Lunatic asylums Bombay report 1878-1890 - 1878-1890
Year: 1878
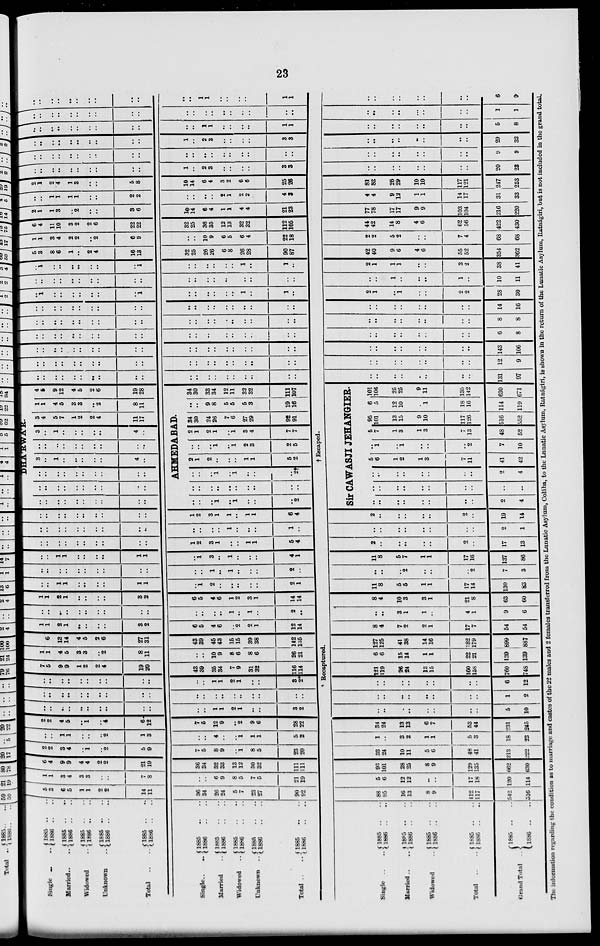
23
Single .. ..
Married .. ..
Widowed ..
Unknown ..
Total
.. ..
1885 .. ..
1886 .. ..
1885 .. ..
1886 .. ..
1885 .. ..
1886 .. ..
1885 .. ..
1886 .. ..
1885 .. ..
1886 .. ..
Single.. ..
Harried ..
Widowed ..
Unknown ..
Total ..
1885 .. ..
1886 .. ..
1885 .. ..
1886 .. ..
1885 .. ..
1886 .. ..
1885 .. ..
1886 .. ..
1885 .. ..
1886 .. ..
5
3
6
5
1
1
2
2
14
11
36
34
26
24
5
7
23
27
90
92
1
1
3
4
3
3
..
..
7
8
..
..
6
9
8
5
7
5
21
19
6
4
9
9
4
4
2
2
21
19
36
34
32
33
13
12
30
32
111
111
2
2
3
4
..
1
..
2
5
9
7
5
8
9
..
1
8
5
23
20
..
..
1
1
..
..
..
2
1
3
..
..
4
..
..
1
1
1
5
2
2
2
4
5
..
1
..
4
6
12
7
5
12
9
..
2
9
6
28
22
..
..
..
..
..
..
..
..
..
..
..
..
1
1
2
1
..
..
3
2
..
..
..
..
..
..
..
..
..
..
..
..
..
..
..
..
..
..
..
..
..
..
..
..
..
..
..
..
..
..
..
..
1
1
2
1
..
..
3
2*
7
5
9
9
1
2
2
4
19
20
43
39
35
34
7
9
31
32
116
114
1
1
4
5
3
3
..
2
8
11
..
..
10
9
8
6
8
6
26
21
8
6
13
14
4
5
2
6
27
31
43
39
45
43
15
15
39
38
142
135
1
1
2
1
..
..
..
..
3
2
6
5
4
6
..
2
2
1
12
14
..
..
..
..
..
..
..
..
..
..
..
..
..
..
1
..
1
..
2
..
1
1
2
1
..
..
..
..
3
2
6
5
4
6
1
2
3
1
14
14
..
..
1
1
..
..
..
..
1
1
..
1
2
..
..
..
..
..
2
1
..
..
..
..
..
..
..
..
..
..
..
..
1
..
1
..
..
..
2
..
..
..
1
1
..
..
..
..
1
1
..
1
3
..
1
..
..
..
4
1
..
..
..
..
..
..
..
..
..
..
1
2
3
1
..
..
1
1
5
4
..
..
..
..
..
..
..
..
..
..
..
..
..
..
1
..
..
..
1
..
..
..
..
..
..
..
..
..
..
..
1
2
3
1
1
..
1
1
6
4
DHA'RWA'R.
..
..
..
..
..
..
..
..
..
..
..
..
..
..
..
..
..
..
..
..
..
..
..
..
..
..
..
..
..
..
3
..
1
..
..
..
..
..
4
..
..
..
..
..
..
..
..
..
..
..
3
..
1
..
..
..
..
..
4
..
3
4
5
7
1
2
2
4
11
17
1
1
4
5
3
3
..
2
8
11
4
5
9
12
4
5
2
6
19
28
AHMEDABAD.
..
..
..
1
..
1
..
..
..
2
..
..
..
..
..
..
..
..
..
..
..
..
..
1
..
1
..
..
..
2†
2
1
2
..
..
..
1
1
5
2
..
..
..
1
..
1
2
3
2
5
2
1
2
1
..
1
3
4
7
7
34
30
24
26
7
6
27
29
92
91
..
..
9
8
5
5
5
3
19
16
34
30
33
34
12
11
32
32
111
107
..
..
..
..
..
..
..
..
..
..
..
..
..
..
..
..
..
..
..
..
..
..
..
..
..
..
..
..
..
..
..
..
..
..
..
..
..
..
..
..
..
..
..
..
..
..
..
..
..
..
..
..
..
..
..
..
..
..
..
..
..
..
..
..
..
..
..
..
..
..
..
..
..
..
..
..
..
..
..
..
..
..
..
..
..
..
..
..
..
..
..
..
..
..
..
..
..
..
..
..
..
..
..
..
..
..
..
..
..
..
..
..
..
..
..
..
..
..
..
..
..
1
..
..
..
..
..
..
..
1
..
..
..
..
..
..
1
..
1
..
..
..
..
..
..
..
..
..
..
..
..
..
..
..
..
..
..
..
..
..
..
1
..
..
..
..
..
..
..
1
..
..
..
..
..
..
1
..
1
..
5
3
8
6
1
..
2
4
16
13
32
25
26
26
6
8
26
28
90
87
1
1
3
4
2
2
..
2
6
9
..
..
10
9
6
5
6
4
22
18
6
4
11
10
3
2
2
6
22
22
32
25
36
35
12
13
32
32
112
105
2
1
1
3
..
2
..
..
3
6
10
14
6
4
1
1
4
4
21
23
..
..
1
1
1
1
..
..
2
2
..
..
..
..
2
1
2
2
4
3
2
1
2
4
1
3
..
..
5
8
10
14
6
4
3
2
6
6
25
26
..
..
..
..
..
..
..
..
..
..
1
..
2
3
..
..
..
..
3
3
..
..
..
..
..
..
..
..
..
..
..
..
..
..
..
..
..
..
..
..
..
..
..
..
..
..
..
..
..
..
1
..
2
3
..
..
..
..
3
3
..
..
..
..
..
..
..
..
..
..
..
..
1
1
..
..
..
..
1
1
..
..
..
..
..
..
..
..
..
..
..
..
..
..
..
..
..
..
..
..
..
..
..
..
..
..
..
..
..
..
..
..
1
1
..
..
..
..
1
1
* Recaptured.
†
Escaped.
Single .. ..
Married .. ..
Widowed ..
Total .. ..
Grand Total ..
1885 .. ..
1886 .. ..
1885 .. ..
1886 .. ..
1885 .. ..
1886 .. ..
1885 .. ..
1886 .. ..
1885 .. ..
1886 .. ..
88
95
16
13
8
9
112
117
542
516
5
6
12
12
..
..
17
18
120
114
93
101
28
25
8
9
129
135
662
630
33
24
10
11
5
6
48
41
213
222
1
..
3
2
1
1
5
3
18
23
34
24
13
13
6
7
53
44
231
245
..
..
..
..
..
..
..
..
5
10
..
..
..
..
..
..
..
..
1
2
..
..
..
..
..
..
..
..
6
12
121
119
26
24
13
15
160
158
760
748
6
6
15
14
1
1
22
21
139
139
127
125
41
38
14
16
182
179
899
887
8
4
7
2
2
1
17
7
54
54
..
..
3
1
1
..
4
1
9
6
8
4
10
3
3
1
21
8
63
60
11
8
5
5
1
1
17
14
130
83
..
..
..
2
..
..
..
2
7
3
11
8
5
7
1
1
17
16
137
86
2
..
..
..
..
..
2
..
17
13
..
..
..
..
..
..
..
..
2
1
2
..
..
..
..
..
2
..
19
14
Sir CAWASJI JEHANGIER.
..
..
..
..
..
..
..
..
2
4
..
..
..
..
..
..
..
..
..
..
..
..
..
..
..
..
..
..
2
4
5
6
1
2
1
3
7
11
41
42
..
1
..
1
..
..
..
2
7
10
5
7
1
3
1
3
7
13
48
52
95
101
13
15
9
10
117
126
516
552
6
5
12
10
..
1
18
16
114
119
101
106
25
25
9
11
135
142
630
671
..
..
..
..
..
..
..
..
131
97
..
..
..
..
..
..
..
..
12
9
..
..
..
..
..
..
..
..
143
106
..
..
..
..
..
..
..
..
6
8
..
..
..
..
..
..
..
..
8
8
..
..
..
..
..
..
..
..
14
16
2
1
..
1
..
..
2
2
28
30
..
..
1
..
..
..
1
..
10
11
2
1
1
1
..
..
3
2
38
41
42
40
9
6
4
6
55
52
354
362
2
2
5
2
..
..
7
4
68
68
44
42
14
8
4
6
62
56
422
430
77
78
17
17
9
9
103
104
216
220
4
4
9
12
1
1
14
17
31
33
81
82
26
29
10
10
117
121
247
253
..
..
..
..
..
..
..
..
20
23
..
..
..
..
..
..
..
..
9
9
..
..
..
..
..
..
..
..
29
32
..
..
..
..
..
..
..
..
5
8
..
..
..
..
..
..
..
..
1
1
..
..
..
..
..
..
..
..
6
9
The information regarding the condition as to marriage and castes of the 22 males and 2 females transferred from the Lunatic Asylum, Colába, to the Lunatic Asylum, Ratnagiri, is shown in the return of the Lunatic Asylum, Ratnágiri, but is not included in the grand total.